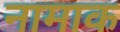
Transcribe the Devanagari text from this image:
नामाक